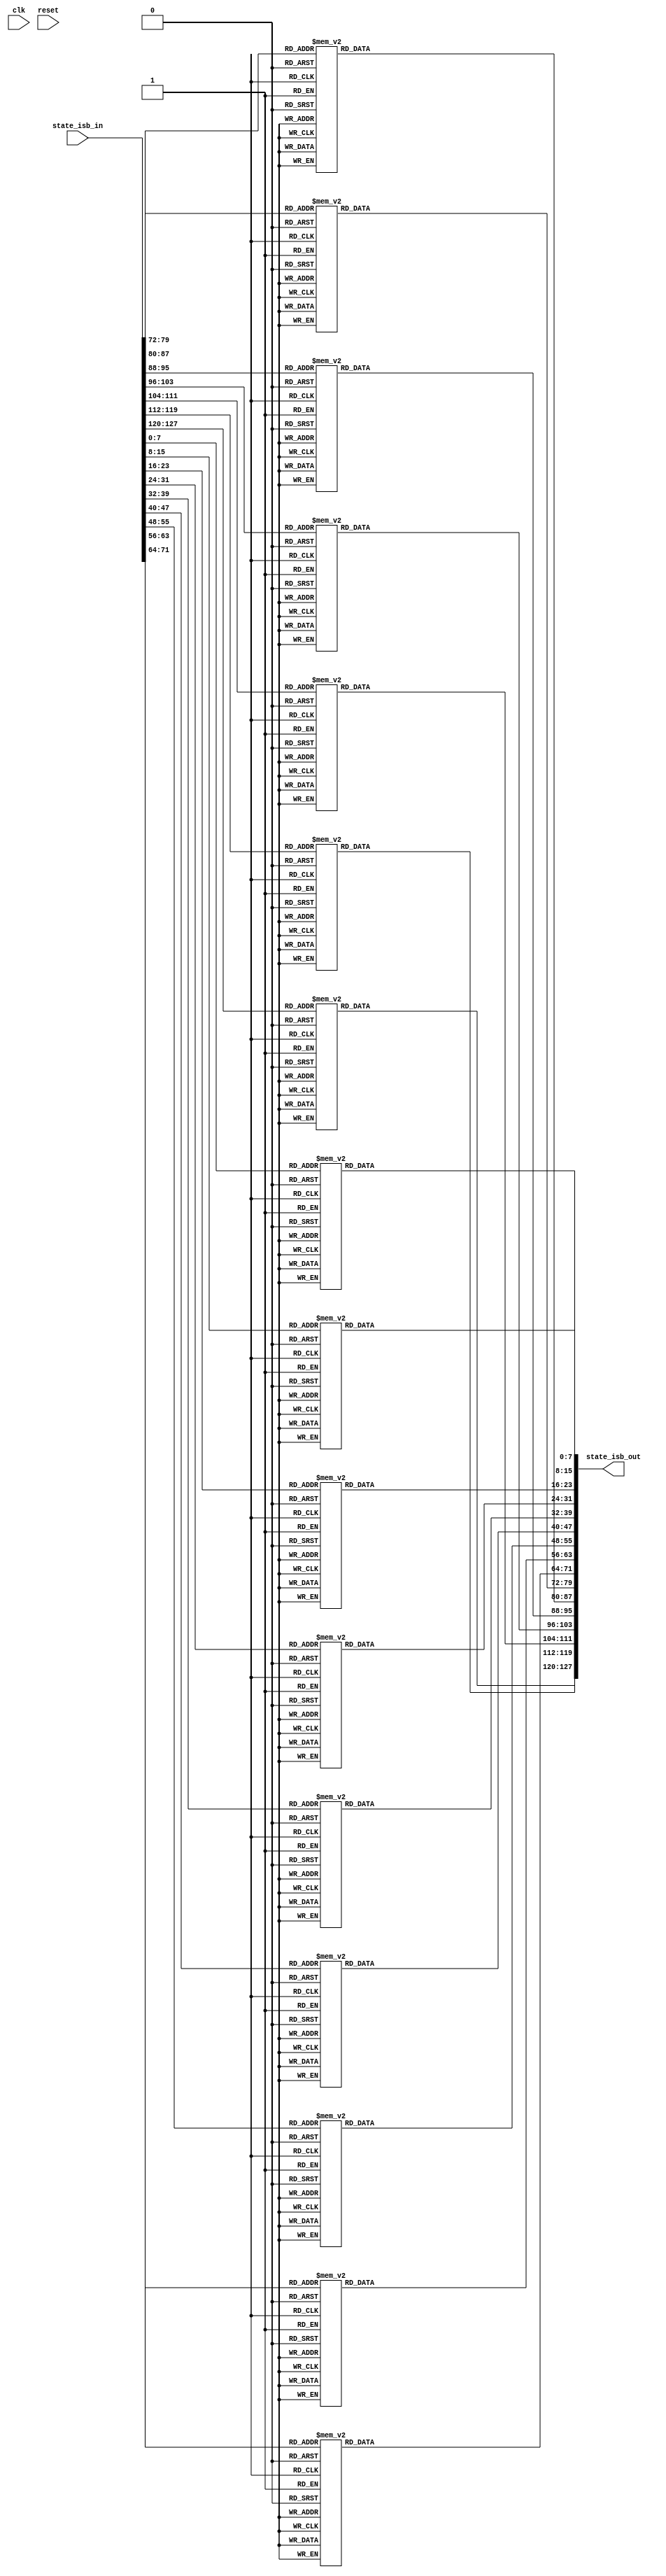
`timescale 1ns / 1ps


module inv_sub_bytes(
    input wire clk,
    input wire reset,    
    input wire [127:0] state_isb_in,
    output wire [127:0] state_isb_out
	);
	
	reg [127:0] state_isb_out_reg; 
	reg [127:0] state_isb_out_next;
	
//	always @(posedge clk)
//    begin
//        state_isb_out_reg <= state_isb_out_next;
//    end
	
	always @*
    begin
    	//Combinational logic
        //Sub Bytes (S-Box)
        state_isb_out_next = state_isb_in;
        
        state_isb_out_next[7:0] = inv_sbox(state_isb_out_next[7:0]);      //0
        state_isb_out_next[15:8] = inv_sbox(state_isb_out_next[15:8]);    //1
        state_isb_out_next[23:16] = inv_sbox(state_isb_out_next[23:16]);  //2
        state_isb_out_next[31:24] = inv_sbox(state_isb_out_next[31:24]);  //3
        state_isb_out_next[39:32] = inv_sbox(state_isb_out_next[39:32]);  //4
        state_isb_out_next[47:40] = inv_sbox(state_isb_out_next[47:40]);  //5
        state_isb_out_next[55:48] = inv_sbox(state_isb_out_next[55:48]);  //6
        state_isb_out_next[63:56] = inv_sbox(state_isb_out_next[63:56]);  //7
        state_isb_out_next[71:64] = inv_sbox(state_isb_out_next[71:64]);  //8
        state_isb_out_next[79:72] = inv_sbox(state_isb_out_next[79:72]);  //9
        state_isb_out_next[87:80] = inv_sbox(state_isb_out_next[87:80]);  //10
        state_isb_out_next[95:88] = inv_sbox(state_isb_out_next[95:88]);  //11
        state_isb_out_next[103:96] = inv_sbox(state_isb_out_next[103:96]);    //12
        state_isb_out_next[111:104] = inv_sbox(state_isb_out_next[111:104]);  //13
        state_isb_out_next[119:112] = inv_sbox(state_isb_out_next[119:112]);  //14
        state_isb_out_next[127:120] = inv_sbox(state_isb_out_next[127:120]);  //15
	end
    
    assign state_isb_out = state_isb_out_next;
    
 function [7:0] inv_sbox;
	    input[7:0] address;
	 
	    //This function implements the "s-box", it takes in one byte
	    //and returns this corresponding substituted byte
	    begin
	      case (address)
	        8'h0 : inv_sbox = 8'h52;
	        8'h1 : inv_sbox = 8'h09;
	        8'h2 : inv_sbox = 8'h6A;
	        8'h3 : inv_sbox = 8'hD5;
	        8'h4 : inv_sbox = 8'h30;
	        8'h5 : inv_sbox = 8'h36;
	        8'h6 : inv_sbox = 8'hA5;
	        8'h7 : inv_sbox = 8'h38;
	        8'h8 : inv_sbox = 8'hBF;
	        8'h9 : inv_sbox = 8'h40;
	        8'hA : inv_sbox = 8'hA3;
	        8'hB : inv_sbox = 8'h9E;
	        8'hC : inv_sbox = 8'h81;
	        8'hD : inv_sbox = 8'hF3;
	        8'hE : inv_sbox = 8'hD7;
	        8'hF : inv_sbox = 8'hFB;
	        8'h10 : inv_sbox = 8'h7C;
	        8'h11 : inv_sbox = 8'hE3;
	        8'h12 : inv_sbox = 8'h39;
	        8'h13 : inv_sbox = 8'h82;
	        8'h14 : inv_sbox = 8'h9B;
	        8'h15 : inv_sbox = 8'h2F;
	        8'h16 : inv_sbox = 8'hFF;
	        8'h17 : inv_sbox = 8'h87;
	        8'h18 : inv_sbox = 8'h34;
	        8'h19 : inv_sbox = 8'h8E;
	        8'h1A : inv_sbox = 8'h43;
	        8'h1B : inv_sbox = 8'h44;
	        8'h1C : inv_sbox = 8'hC4;
	        8'h1D : inv_sbox = 8'hDE;
	        8'h1E : inv_sbox = 8'hE9;
	        8'h1F : inv_sbox = 8'hCB;
	        8'h20 : inv_sbox = 8'h54;
	        8'h21 : inv_sbox = 8'h7B;
	        8'h22 : inv_sbox = 8'h94;
	        8'h23 : inv_sbox = 8'h32;
	        8'h24 : inv_sbox = 8'hA6;
	        8'h25 : inv_sbox = 8'hC2;
	        8'h26 : inv_sbox = 8'h23;
	        8'h27 : inv_sbox = 8'h3D;
	        8'h28 : inv_sbox = 8'hEE;
	        8'h29 : inv_sbox = 8'h4C;
	        8'h2A : inv_sbox = 8'h95;
	        8'h2B : inv_sbox = 8'h0B;
	        8'h2C : inv_sbox = 8'h42;
	        8'h2D : inv_sbox = 8'hFA;
	        8'h2E : inv_sbox = 8'hC3;
	        8'h2F : inv_sbox = 8'h4E;
	        8'h30 : inv_sbox = 8'h08;
	        8'h31 : inv_sbox = 8'h2E;
	        8'h32 : inv_sbox = 8'hA1;
	        8'h33 : inv_sbox = 8'h66;
	        8'h34 : inv_sbox = 8'h28;
	        8'h35 : inv_sbox = 8'hD9;
	        8'h36 : inv_sbox = 8'h24;
	        8'h37 : inv_sbox = 8'hB2;
	        8'h38 : inv_sbox = 8'h76;
	        8'h39 : inv_sbox = 8'h5B;
	        8'h3A : inv_sbox = 8'hA2;
	        8'h3B : inv_sbox = 8'h49;
	        8'h3C : inv_sbox = 8'h6D;
	        8'h3D : inv_sbox = 8'h8B;
	        8'h3E : inv_sbox = 8'hD1;
	        8'h3F : inv_sbox = 8'h25;
	        8'h40 : inv_sbox = 8'h72;
	        8'h41 : inv_sbox = 8'hF8;
	        8'h42 : inv_sbox = 8'hF6;
	        8'h43 : inv_sbox = 8'h64;
	        8'h44 : inv_sbox = 8'h86;
	        8'h45 : inv_sbox = 8'h68;
	        8'h46 : inv_sbox = 8'h98;
	        8'h47 : inv_sbox = 8'h16;
	        8'h48 : inv_sbox = 8'hD4;
	        8'h49 : inv_sbox = 8'hA4;
	        8'h4A : inv_sbox = 8'h5C;
	        8'h4B : inv_sbox = 8'hCC;
	        8'h4C : inv_sbox = 8'h5D;
	        8'h4D : inv_sbox = 8'h65;
	        8'h4E : inv_sbox = 8'hB6;
	        8'h4F : inv_sbox = 8'h92;
	        8'h50 : inv_sbox = 8'h6C;
	        8'h51 : inv_sbox = 8'h70;
	        8'h52 : inv_sbox = 8'h48;
	        8'h53 : inv_sbox = 8'h50;
	        8'h54 : inv_sbox = 8'hFD;
	        8'h55 : inv_sbox = 8'hED;
	        8'h56 : inv_sbox = 8'hB9;
	        8'h57 : inv_sbox = 8'hDA;
	        8'h58 : inv_sbox = 8'h5E;
	        8'h59 : inv_sbox = 8'h15;
	        8'h5A : inv_sbox = 8'h46;
	        8'h5B : inv_sbox = 8'h57;
	        8'h5C : inv_sbox = 8'hA7;
	        8'h5D : inv_sbox = 8'h8D;
	        8'h5E : inv_sbox = 8'h9D;
	        8'h5F : inv_sbox = 8'h84;
	        8'h60 : inv_sbox = 8'h90;
	        8'h61 : inv_sbox = 8'hD8;
	        8'h62 : inv_sbox = 8'hAB;
	        8'h63 : inv_sbox = 8'h00;
	        8'h64 : inv_sbox = 8'h8C;
	        8'h65 : inv_sbox = 8'hBC;
	        8'h66 : inv_sbox = 8'hD3;
	        8'h67 : inv_sbox = 8'h0A;
	        8'h68 : inv_sbox = 8'hF7;
	        8'h69 : inv_sbox = 8'hE4;
	        8'h6A : inv_sbox = 8'h58;
	        8'h6B : inv_sbox = 8'h05;
	        8'h6C : inv_sbox = 8'hB8;
	        8'h6D : inv_sbox = 8'hB3;
	        8'h6E : inv_sbox = 8'h45;
	        8'h6F : inv_sbox = 8'h06;
	        8'h70 : inv_sbox = 8'hD0;
	        8'h71 : inv_sbox = 8'h2C;
	        8'h72 : inv_sbox = 8'h1E;
	        8'h73 : inv_sbox = 8'h8F;
	        8'h74 : inv_sbox = 8'hCA;
	        8'h75 : inv_sbox = 8'h3F;
	        8'h76 : inv_sbox = 8'h0F;
	        8'h77 : inv_sbox = 8'h02;
	        8'h78 : inv_sbox = 8'hC1;
	        8'h79 : inv_sbox = 8'hAF;
	        8'h7A : inv_sbox = 8'hBD;
	        8'h7B : inv_sbox = 8'h03;
	        8'h7C : inv_sbox = 8'h01;
	        8'h7D : inv_sbox = 8'h13;
	        8'h7E : inv_sbox = 8'h8A;
	        8'h7F : inv_sbox = 8'h6B;
	        8'h80 : inv_sbox = 8'h3A;
	        8'h81 : inv_sbox = 8'h91;
	        8'h82 : inv_sbox = 8'h11;
	        8'h83 : inv_sbox = 8'h41;
	        8'h84 : inv_sbox = 8'h4F;
	        8'h85 : inv_sbox = 8'h67;
	        8'h86 : inv_sbox = 8'hDC;
	        8'h87 : inv_sbox = 8'hEA;
	        8'h88 : inv_sbox = 8'h97;
	        8'h89 : inv_sbox = 8'hF2;
	        8'h8A : inv_sbox = 8'hCF;
	        8'h8B : inv_sbox = 8'hCE;
	        8'h8C : inv_sbox = 8'hF0;
	        8'h8D : inv_sbox = 8'hB4;
	        8'h8E : inv_sbox = 8'hE6;
	        8'h8F : inv_sbox = 8'h73;
	        8'h90 : inv_sbox = 8'h96;
	        8'h91 : inv_sbox = 8'hAC;
	        8'h92 : inv_sbox = 8'h74;
	        8'h93 : inv_sbox = 8'h22;
	        8'h94 : inv_sbox = 8'hE7;
	        8'h95 : inv_sbox = 8'hAD;
	        8'h96 : inv_sbox = 8'h35;
	        8'h97 : inv_sbox = 8'h85;
	        8'h98 : inv_sbox = 8'hE2;
	        8'h99 : inv_sbox = 8'hF9;
	        8'h9A : inv_sbox = 8'h37;
	        8'h9B : inv_sbox = 8'hE8;
	        8'h9C : inv_sbox = 8'h1C;
	        8'h9D : inv_sbox = 8'h75;
	        8'h9E : inv_sbox = 8'hDF;
	        8'h9F : inv_sbox = 8'h6E;
	        8'hA0 : inv_sbox = 8'h47;
	        8'hA1 : inv_sbox = 8'hF1;
	        8'hA2 : inv_sbox = 8'h1A;
	        8'hA3 : inv_sbox = 8'h71;
	        8'hA4 : inv_sbox = 8'h1D;
	        8'hA5 : inv_sbox = 8'h29;
	        8'hA6 : inv_sbox = 8'hC5;
	        8'hA7 : inv_sbox = 8'h89;
	        8'hA8 : inv_sbox = 8'h6F;
	        8'hA9 : inv_sbox = 8'hB7;
	        8'hAA : inv_sbox = 8'h62;
	        8'hAB : inv_sbox = 8'h0E;
	        8'hAC : inv_sbox = 8'hAA;
	        8'hAD : inv_sbox = 8'h18;
	        8'hAE : inv_sbox = 8'hBE;
	        8'hAF : inv_sbox = 8'h1B;
	        8'hB0 : inv_sbox = 8'hFC;
	        8'hB1 : inv_sbox = 8'h56;
	        8'hB2 : inv_sbox = 8'h3E;
	        8'hB3 : inv_sbox = 8'h4B;
	        8'hB4 : inv_sbox = 8'hC6;
	        8'hB5 : inv_sbox = 8'hD2;
	        8'hB6 : inv_sbox = 8'h79;
	        8'hB7 : inv_sbox = 8'h20;
	        8'hB8 : inv_sbox = 8'h9A;
	        8'hB9 : inv_sbox = 8'hDB;
	        8'hBA : inv_sbox = 8'hC0;
	        8'hBB : inv_sbox = 8'hFE;
	        8'hBC : inv_sbox = 8'h78;
	        8'hBD : inv_sbox = 8'hCD;
	        8'hBE : inv_sbox = 8'h5A;
	        8'hBF : inv_sbox = 8'hF4;
	        8'hC0 : inv_sbox = 8'h1F;
	        8'hC1 : inv_sbox = 8'hDD;
	        8'hC2 : inv_sbox = 8'hA8;
	        8'hC3 : inv_sbox = 8'h33;
	        8'hC4 : inv_sbox = 8'h88;
	        8'hC5 : inv_sbox = 8'h07;
	        8'hC6 : inv_sbox = 8'hC7;
	        8'hC7 : inv_sbox = 8'h31;
	        8'hC8 : inv_sbox = 8'hB1;
	        8'hC9 : inv_sbox = 8'h12;
	        8'hCA : inv_sbox = 8'h10;
	        8'hCB : inv_sbox = 8'h59;
	        8'hCC : inv_sbox = 8'h27;
	        8'hCD : inv_sbox = 8'h80;
	        8'hCE : inv_sbox = 8'hEC;
	        8'hCF : inv_sbox = 8'h5F;
	        8'hD0 : inv_sbox = 8'h60;
	        8'hD1 : inv_sbox = 8'h51;
	        8'hD2 : inv_sbox = 8'h7F;
	        8'hD3 : inv_sbox = 8'hA9;
	        8'hD4 : inv_sbox = 8'h19;
	        8'hD5 : inv_sbox = 8'hB5;
	        8'hD6 : inv_sbox = 8'h4A;
	        8'hD7 : inv_sbox = 8'h0D;
	        8'hD8 : inv_sbox = 8'h2D;
	        8'hD9 : inv_sbox = 8'hE5;
	        8'hDA : inv_sbox = 8'h7A;
	        8'hDB : inv_sbox = 8'h9F;
	        8'hDC : inv_sbox = 8'h93;
	        8'hDD : inv_sbox = 8'hC9;
	        8'hDE : inv_sbox = 8'h9C;
	        8'hDF : inv_sbox = 8'hEF;
	        8'hE0 : inv_sbox = 8'hA0;
	        8'hE1 : inv_sbox = 8'hE0;
	        8'hE2 : inv_sbox = 8'h3B;
	        8'hE3 : inv_sbox = 8'h4D;
	        8'hE4 : inv_sbox = 8'hAE;
	        8'hE5 : inv_sbox = 8'h2A;
	        8'hE6 : inv_sbox = 8'hF5;
	        8'hE7 : inv_sbox = 8'hB0;
	        8'hE8 : inv_sbox = 8'hC8;
	        8'hE9 : inv_sbox = 8'hEB;
	        8'hEA : inv_sbox = 8'hBB;
	        8'hEB : inv_sbox = 8'h3C;
	        8'hEC : inv_sbox = 8'h83;
	        8'hED : inv_sbox = 8'h53;
	        8'hEE : inv_sbox = 8'h99;
	        8'hEF : inv_sbox = 8'h61;
	        8'hF0 : inv_sbox = 8'h17;
	        8'hF1 : inv_sbox = 8'h2B;
	        8'hF2 : inv_sbox = 8'h04;
	        8'hF3 : inv_sbox = 8'h7E;
	        8'hF4 : inv_sbox = 8'hBA;
	        8'hF5 : inv_sbox = 8'h77;
	        8'hF6 : inv_sbox = 8'hD6;
	        8'hF7 : inv_sbox = 8'h26;
	        8'hF8 : inv_sbox = 8'hE1;
	        8'hF9 : inv_sbox = 8'h69;
	        8'hFA : inv_sbox = 8'h14;
	        8'hFB : inv_sbox = 8'h63;
	        8'hFC : inv_sbox = 8'h55;
	        8'hFD : inv_sbox = 8'h21;
	        8'hFE : inv_sbox = 8'h0C;
	        8'hFF : inv_sbox = 8'h7D;
	        default : inv_sbox = 8'h0;
	      endcase
	    end
	endfunction
    
    
endmodule